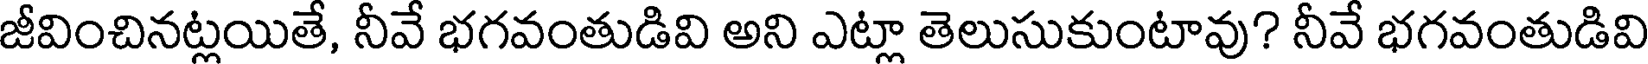
జీవించినట్లయితే, నీవే భగవంతుడివి అని ఎట్లా తెలుసుకుంటావు? నీవే భగవంతుడివి